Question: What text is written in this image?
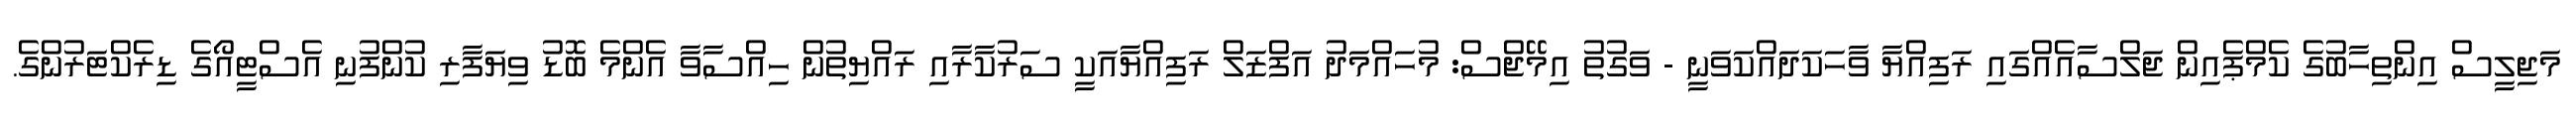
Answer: މަޖިލީސް އިންތިހާބުގެ ކެމްޕެއިން ޖަލްސާއެއްގައި ރަފިއްޔާ ވާހަކަދައްކަވަނީ - ވަގުތު އިމޭޖްސް: މުހައްމަދު އަފްޒަލް ރަފިއްޔާއަކީ ސަރުކާރާއި ރައްޔިތުން ހިއްސާވާ އެންމެ ބޮޑު ވިޔަފާރި ކުންފުނި އެސްޓީއޯގެ ޑިރެކްޓަރުންގެ.